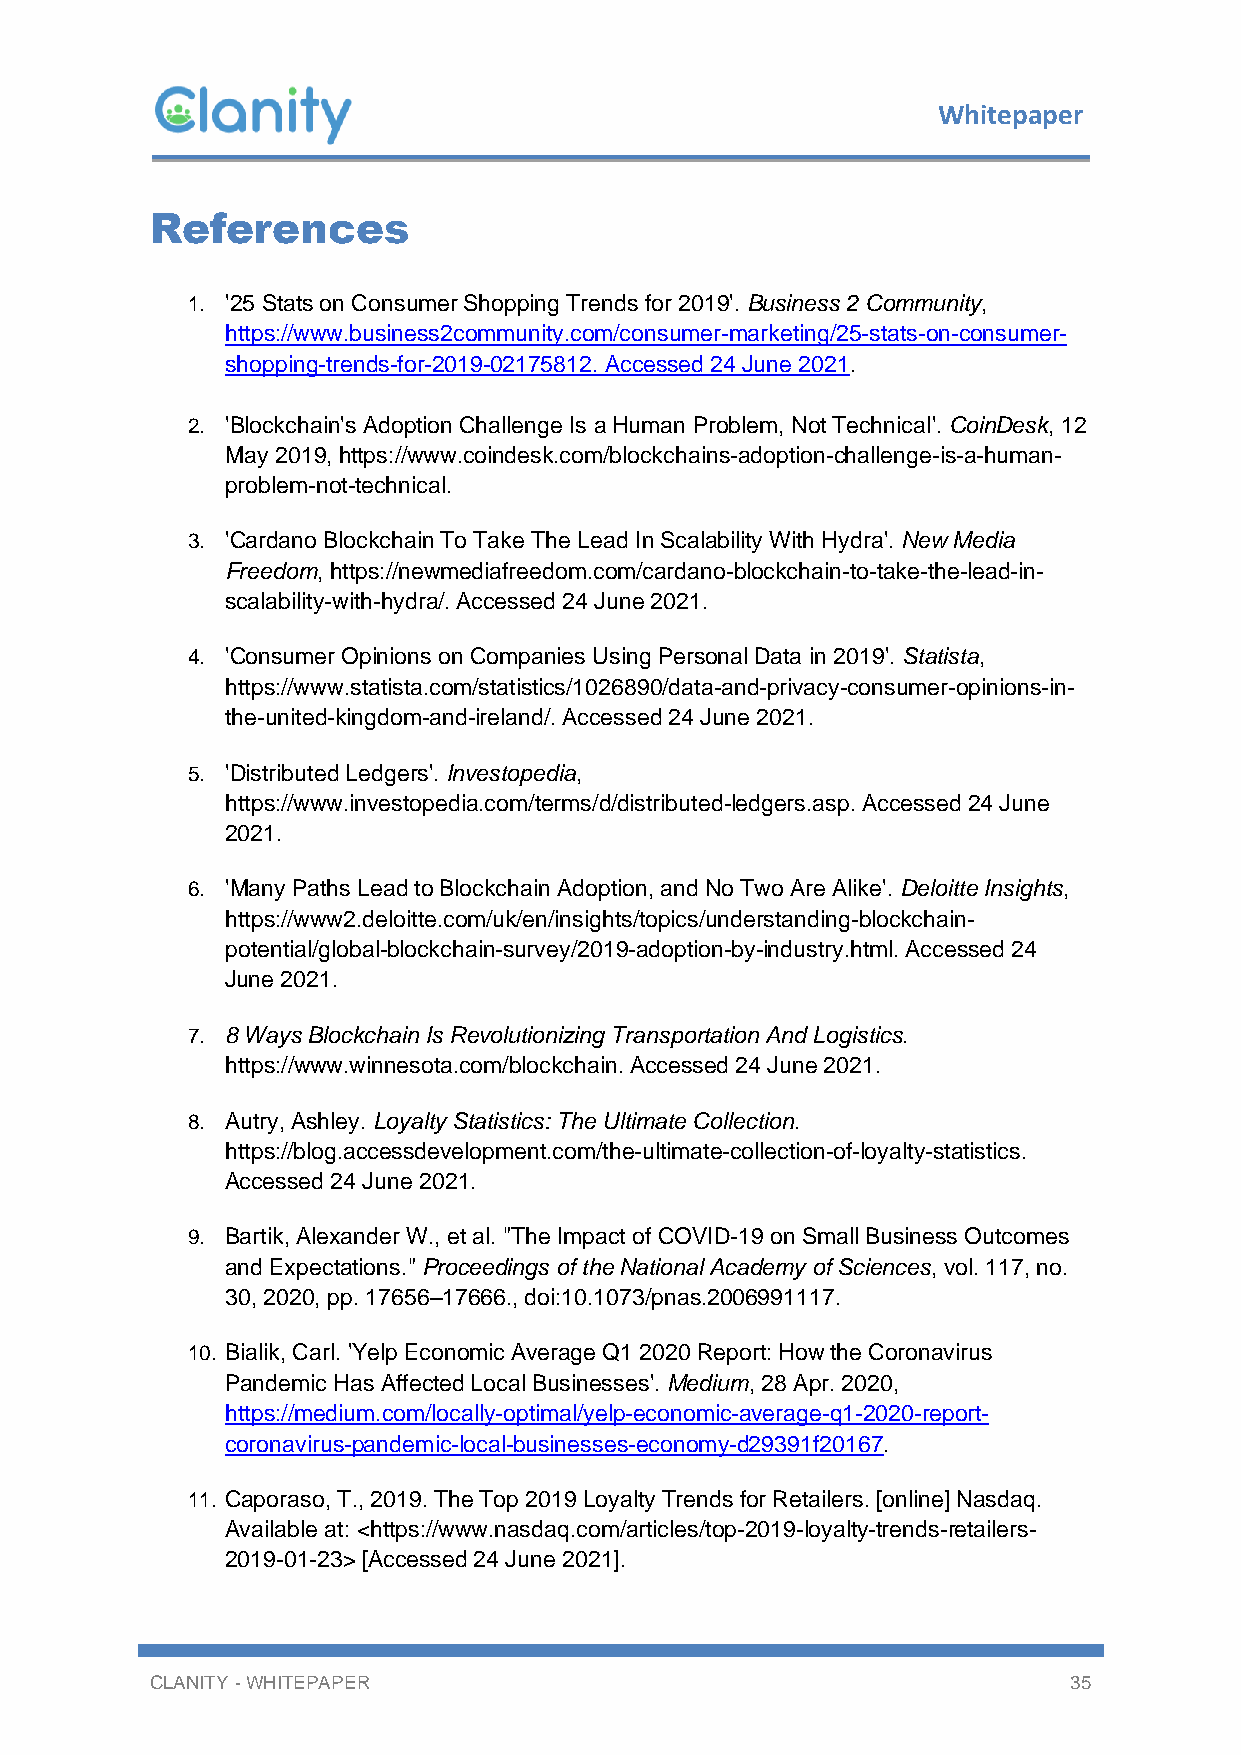
Whitepaper
 References
 1. '25 Stats on Consumer Shopping Trends for 2019'. Business 2 Community,
 https://www.business2community.com/consumer-marketing/25-stats-on-consumer-
 shopping-trends-for-2019-02175812. Accessed 24 June 2021.
 2. 'Blockchain's Adoption Challenge Is a Human Problem, Not Technical'. CoinDesk, 12
 May 2019, https://www.coindesk.com/blockchains-adoption-challenge-is-a-human-
 problem-not-technical.
 3. 'Cardano Blockchain To Take The Lead In Scalability With Hydra'. New Media
 Freedom, https://newmediafreedom.com/cardano-blockchain-to-take-the-lead-in-
 scalability-with-hydra/. Accessed 24 June 2021.
 4. 'Consumer Opinions on Companies Using Personal Data in 2019'. Statista,
 https://www.statista.com/statistics/1026890/data-and-privacy-consumer-opinions-in-
 the-united-kingdom-and-ireland/. Accessed 24 June 2021.
 5. 'Distributed Ledgers'. Investopedia,
 https://www.investopedia.com/terms/d/distributed-ledgers.asp. Accessed 24 June
 2021.
 6. 'Many Paths Lead to Blockchain Adoption, and No Two Are Alike'. Deloitte Insights,
 https://www2.deloitte.com/uk/en/insights/topics/understanding-blockchain-
 potential/global-blockchain-survey/2019-adoption-by-industry.html. Accessed 24
 June 2021.
 7. 8 Ways Blockchain Is Revolutionizing Transportation And Logistics.
 https://www.winnesota.com/blockchain. Accessed 24 June 2021.
 8. Autry, Ashley. Loyalty Statistics: The Ultimate Collection.
 https://blog.accessdevelopment.com/the-ultimate-collection-of-loyalty-statistics.
 Accessed 24 June 2021.
 9. Bartik, Alexander W., et al. "The Impact of COVID-19 on Small Business Outcomes
 and Expectations." Proceedings of the National Academy of Sciences, vol. 117, no.
 30, 2020, pp. 17656–17666., doi:10.1073/pnas.2006991117.
 10. Bialik, Carl. 'Yelp Economic Average Q1 2020 Report: How the Coronavirus
 Pandemic Has Affected Local Businesses'. Medium, 28 Apr. 2020,
 https://medium.com/locally-optimal/yelp-economic-average-q1-2020-report-
 coronavirus-pandemic-local-businesses-economy-d29391f20167.
 11. Caporaso, T., 2019. The Top 2019 Loyalty Trends for Retailers. [online] Nasdaq.
 Available at: <https://www.nasdaq.com/articles/top-2019-loyalty-trends-retailers-
 2019-01-23> [Accessed 24 June 2021].
 CLANITY - WHITEPAPER                                         35